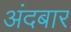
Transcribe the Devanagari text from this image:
अंदबार